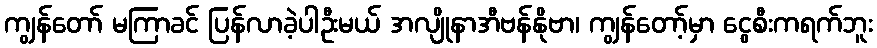
ကျွန်တော် မကြာခင် ပြန်လာခဲ့ပါဦးမယ် အလျိုနာအီဗန်နိုဗာ၊ ကျွန်တော့်မှာ ငွေစီးကရက်ဘူး